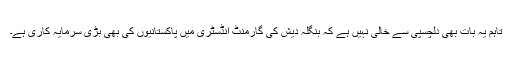
تاہم یہ بات بھی دلچسپی سے خالی نہیں ہے کہ بنگلہ دیش کی گارمنٹ انڈسٹری میں پاکستانیوں کی بھی بڑی سرمایہ کاری ہے۔